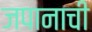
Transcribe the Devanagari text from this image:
जपानाची